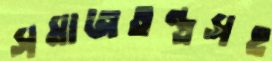
সমাজতন্ত্রসহ